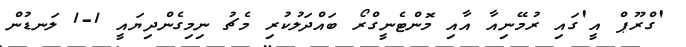
'ގްރޫޕް އީ'ގައި ރުމޭނިއާ އާއި މޮންޓެނީގްރޯ ބައްދަލުކުރި މެޗު ނިމިގެންދިޔައީ 1-1 ލަނޑުން